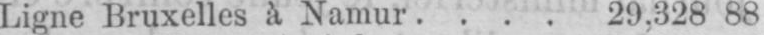
Ligne Bruxelles à Namur .... 29,328 88